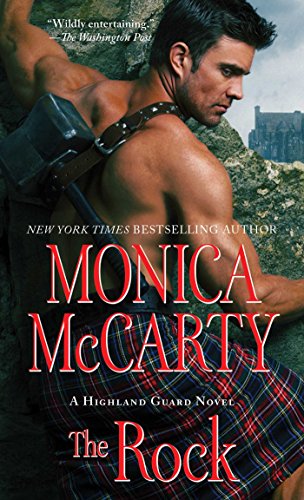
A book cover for The Rock (Highland Guard); Monica McCarty; Romance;